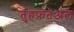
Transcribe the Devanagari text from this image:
तुहफ़तअल